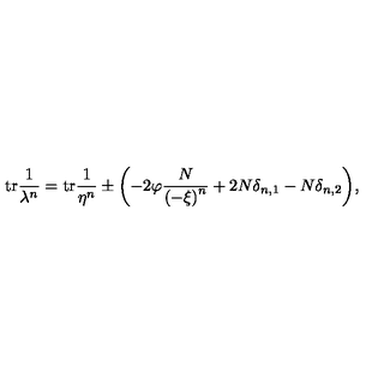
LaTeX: \mathrm { t r } \frac { 1 } { \lambda ^ { n } } = \mathrm { t r } \frac { 1 } { \eta ^ { n } } \pm \biggl ( - 2 \varphi \frac { N } { \left( - \xi \right) ^ { n } } + 2 N \delta _ { n , 1 } - N \delta _ { n , 2 } \biggl ) ,